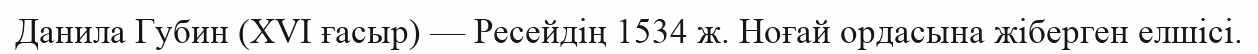
Данила Губин (XVI ғасыр) — Ресейдің 1534 ж. Ноғай ордасына жіберген елшісі.